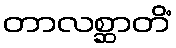
တာလစ္ဆာတိံ